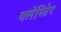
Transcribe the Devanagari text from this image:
बलेस्टिेर